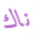
ناك